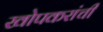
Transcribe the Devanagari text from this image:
खोपकरांची